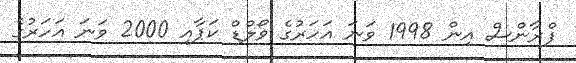
ފްރާންސް އިން 1998 ވަނަ އަހަރުގެ ވޯލްޑް ކަޕާއި 2000 ވަނަ އަހަރުގެ